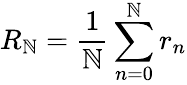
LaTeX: R_{\mathbb{N}}=\frac{{1}}{{\mathbb{N}}}\sum_{n=0}^{\mathbb{N}}r_{n}